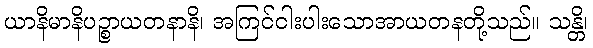
ယာနိမာနိပဉ္စာယတနာနိ၊ အကြင်ငါးပါးသောအာယတနတို့သည်။ သန္တိ၊